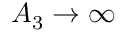
A _ { 3 } \rightarrow \infty